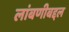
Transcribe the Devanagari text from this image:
लांबणीबद्दल